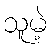
သူမဲ့